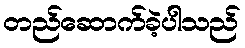
တည်ဆောက်ခဲ့ပါသည်